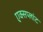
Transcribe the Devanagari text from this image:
एक्सप्लांट